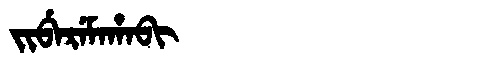
Manchu: ᠵᡳᠪᡝᡵᡝᠮᠠᡥᠠᠪᡳ
Romanization: JIBEREMAHABI